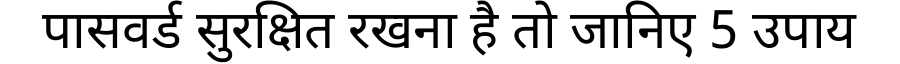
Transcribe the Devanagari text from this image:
पासवर्ड सुरक्षित रखना है तो जानिए 5 उपाय